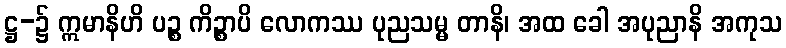
ဋ္ဌ-၌ ဣမာနိဟိ ပဉ္စ ကိဉ္စာပိ လောကဿ ပုညသမ္မ တာနိ၊ အထ ခေါ အပုညာနိ အကုသ